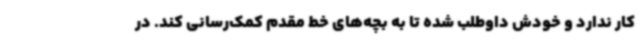
کار ندارد و خودش داوطلب شده تا به بچه‌های خط مقدم کمک‌رسانی کند. در